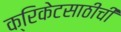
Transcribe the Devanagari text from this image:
क्रिकेटसाठीची